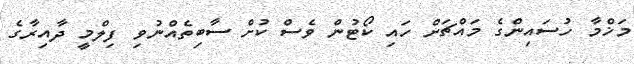
މަޚްމާ ހުސައިންގެ މައްޗަށް ހައި ކޯޓުން ވެސް ކުށް ސާބިތެއްނުވި ފިލްމީ ދާއިރާގެ